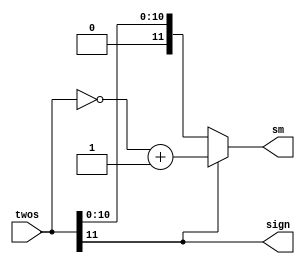
`timescale 1ns / 1ps

module twos_to_sm(twos, sm, sign);

    input [11:0]	twos;	// twos complement representation
    output [11:0]	sm;		// sign magnitude representation
    output			sign;

    assign sign = twos[11];
    assign sm = (sign) ? (~twos[11:0] + 1'b1) : twos[11:0];
    
    /*
    if (sign)
        assign sm = ~twos[11:0] + 1'b1;
    else
        assign sm = twos[11:0];
    */
	
endmodule